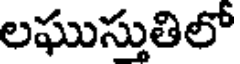
లఘుస్తుతిలో